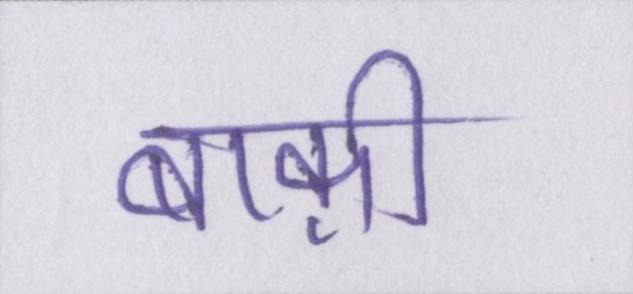
बाक़ी